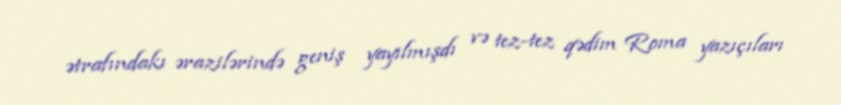
ətrafındakı ərazilərində geniş yayılmışdı və tez-tez qədim Roma yazıçıları